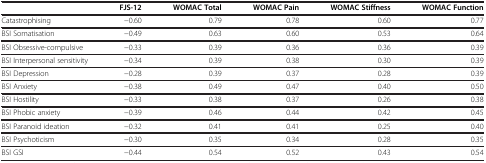
<table><thead><tr><td><b> </b></td><td><b>FJS-12</b></td><td><b>WOMAC Total</b></td><td><b>WOMAC Pain</b></td><td><b>WOMAC Stiffness</b></td><td><b>WOMAC Function</b></td></tr></thead><tbody><tr><td>Catastrophising</td><td>−0.60</td><td>0.79</td><td>0.78</td><td>0.60</td><td>0.77</td></tr><tr><td>BSI Somatisation</td><td>−0.49</td><td>0.63</td><td>0.60</td><td>0.53</td><td>0.64</td></tr><tr><td>BSI Obsessive-compulsive</td><td>−0.33</td><td>0.39</td><td>0.36</td><td>0.36</td><td>0.39</td></tr><tr><td>BSI Interpersonal sensitivity</td><td>−0.34</td><td>0.39</td><td>0.38</td><td>0.30</td><td>0.39</td></tr><tr><td>BSI Depression</td><td>−0.28</td><td>0.39</td><td>0.37</td><td>0.28</td><td>0.39</td></tr><tr><td>BSI Anxiety</td><td>−0.38</td><td>0.49</td><td>0.47</td><td>0.40</td><td>0.50</td></tr><tr><td>BSI Hostility</td><td>−0.33</td><td>0.38</td><td>0.37</td><td>0.26</td><td>0.38</td></tr><tr><td>BSI Phobic anxiety</td><td>−0.39</td><td>0.46</td><td>0.44</td><td>0.42</td><td>0.45</td></tr><tr><td>BSI Paranoid ideation</td><td>−0.32</td><td>0.41</td><td>0.41</td><td>0.25</td><td>0.40</td></tr><tr><td>BSI Psychoticism</td><td>−0.30</td><td>0.35</td><td>0.34</td><td>0.28</td><td>0.35</td></tr><tr><td>BSI GSI</td><td>−0.44</td><td>0.54</td><td>0.52</td><td>0.43</td><td>0.54</td></tr></tbody></table>